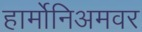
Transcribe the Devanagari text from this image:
हार्मोनिअमवर